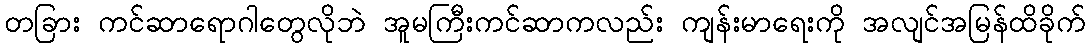
တခြား ကင်ဆာရောဂါတွေလိုဘဲ အူမကြီးကင်ဆာကလည်း ကျန်းမာရေးကို အလျင်အမြန်ထိခိုက်